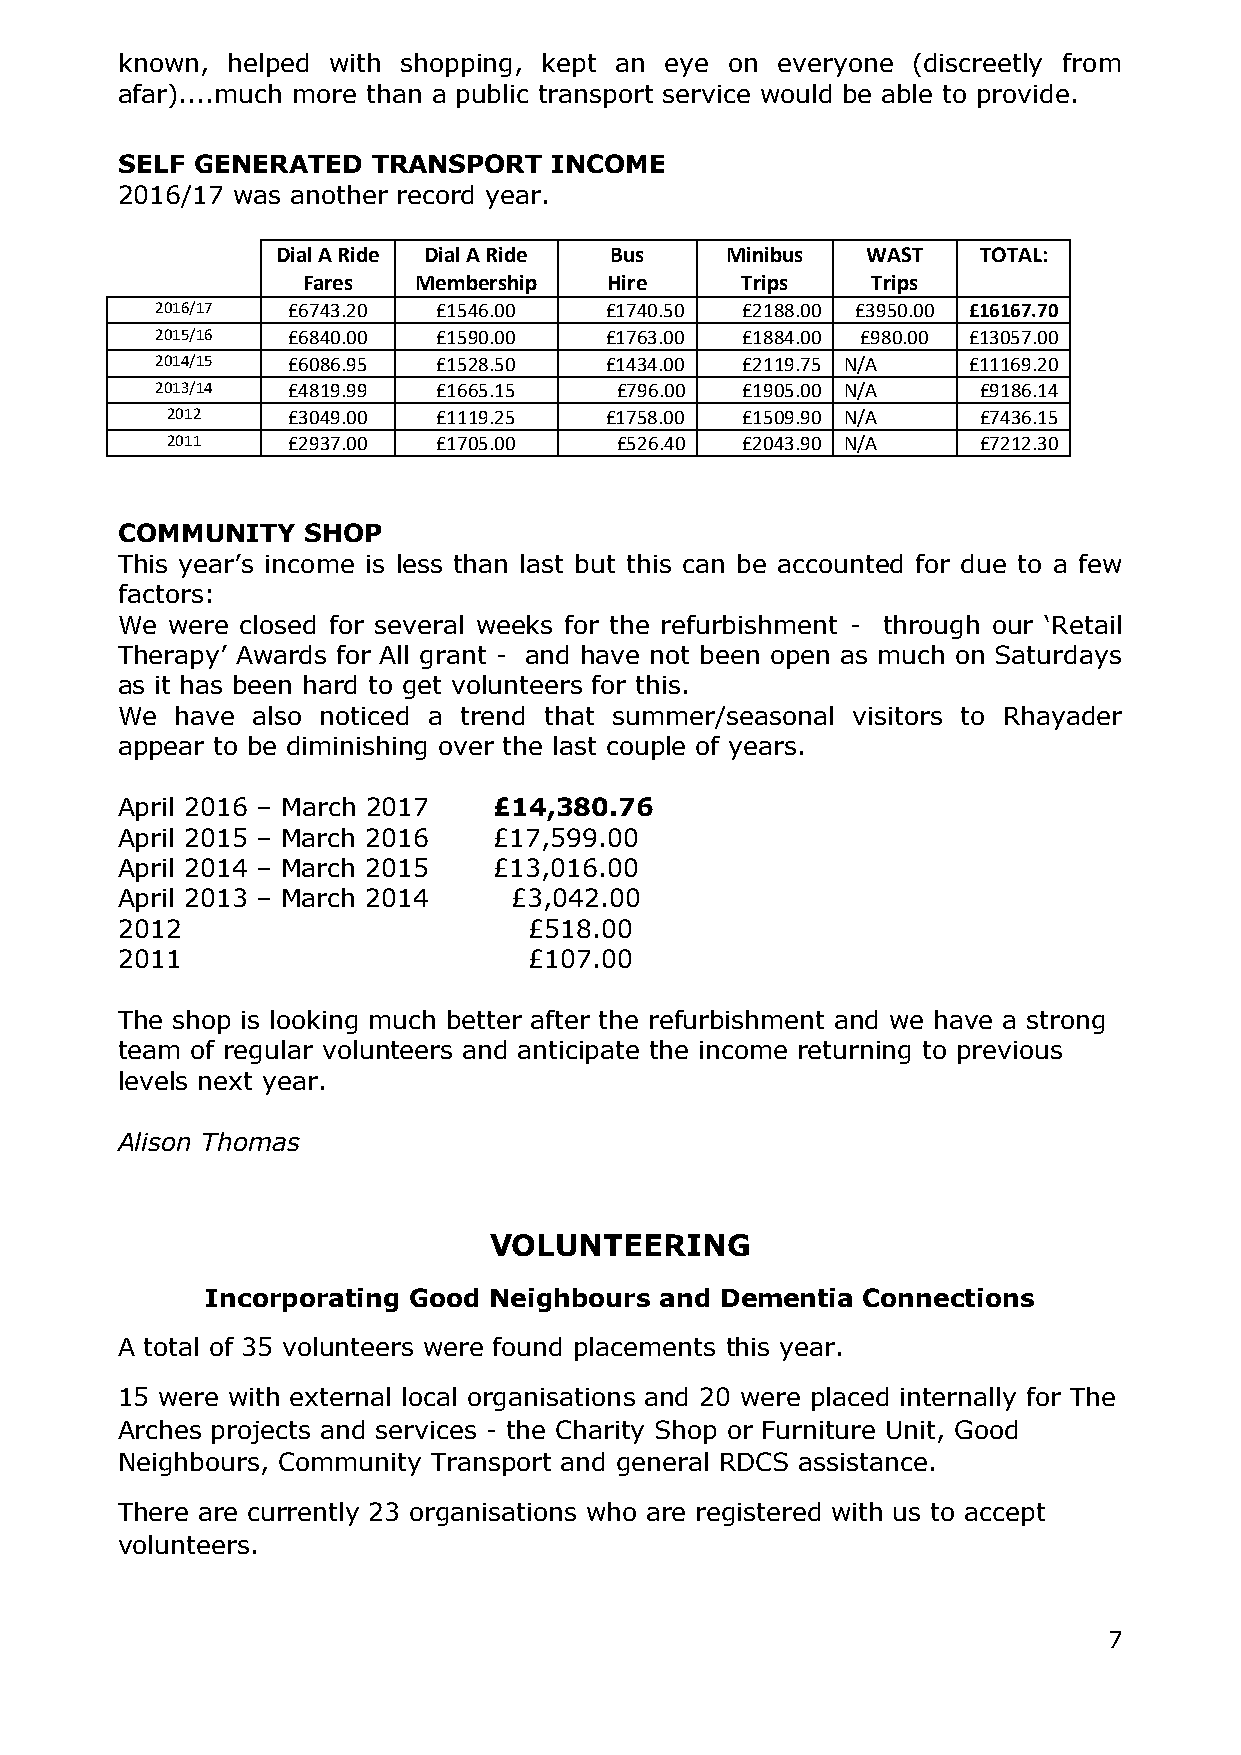
known, helped with shopping, kept an eye on everyone (discreetly from
 afar)....much more than a public transport service would be able to provide.
 SELF GENERATED   TRANSPORT  INCOME
 2016/17 was another record year.
 Dial A Ride Dial A Ride Bus   Minibus  WAST    TOTAL:
 Fares  Membership   Hire     Trips    Trips
 2016/17  £6743.20  £1546.00   £1740.50 £2188.00 £3950.00 £16167.70
 2015/16  £6840.00  £1590.00   £1763.00 £1884.00 £980.00 £13057.00
 2014/15  £6086.95  £1528.50   £1434.00 £2119.75 N/A   £11169.20
 2013/14  £4819.99  £1665.15    £796.00 £1905.00 N/A    £9186.14
 2012    £3049.00  £1119.25   £1758.00 £1509.90 N/A    £7436.15
 2011    £2937.00  £1705.00    £526.40 £2043.90 N/A    £7212.30
 COMMUNITY   SHOP
 This year’s income is less than last but this can be accounted for due to a few
 factors:
 We were closed for several weeks for the refurbishment - through our ‘Retail
 Therapy’ Awards for All grant - and have not been open as much on Saturdays
 as it has been hard to get volunteers for this.
 We  have also noticed a trend that summer/seasonal visitors to Rhayader
 appear to be diminishing over the last couple of years.
 April 2016 – March 2017  £14,380.76
 April 2015 – March 2016  £17,599.00
 April 2014 – March 2015  £13,016.00
 April 2013 – March 2014   £3,042.00
 2012                       £518.00
 2011                       £107.00
 The shop is looking much better after the refurbishment and we have a strong
 team of regular volunteers and anticipate the income returning to previous
 levels next year.
 Alison Thomas
 VOLUNTEERING
 Incorporating Good Neighbours and Dementia Connections
 A total of 35 volunteers were found placements this year.
 15 were with external local organisations and 20 were placed internally for The
 Arches projects and services - the Charity Shop or Furniture Unit, Good
 Neighbours, Community Transport and general RDCS assistance.
 There are currently 23 organisations who are registered with us to accept
 volunteers.
 7